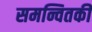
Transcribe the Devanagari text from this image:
समन्वितकी